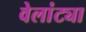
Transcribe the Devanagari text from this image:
वेलांट्या